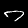
Label: 7